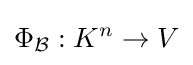
\Phi _{\mathcal {B}}:K^{n}\rightarrow V